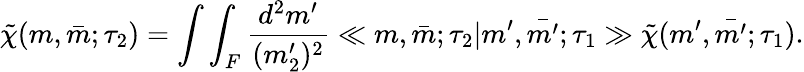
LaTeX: \tilde{\chi}(m,\bar{m};\tau_{2})=\int\int_{F}\frac{d^{2}m^{\prime}}{(m_{2}^{\prime})^{2}}\ll m,\bar{m};\tau_{2}|m^{\prime},\bar{m^{\prime}};\tau_{1}\gg\tilde{\chi}(m^{\prime},\bar{m^{\prime}};\tau_{1}).